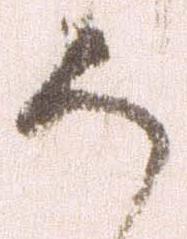
か